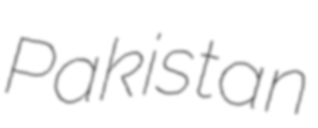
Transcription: Pakistan